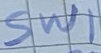
Text: SW1